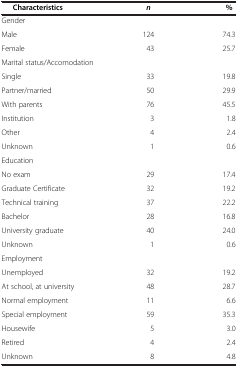
| Characteristics | n | % |
 | --- | --- | --- |
 | Gender |  |  |
 | Male | 124 | 74.3 |
 | Female | 43 | 25.7 |
 | Marital status/Accomodation |  |  |
 | Single | 33 | 19.8 |
 | Partner/married | 50 | 29.9 |
 | With parents | 76 | 45.5 |
 | Institution | 3 | 1.8 |
 | Other | 4 | 2.4 |
 | Unknown | 1 | 0.6 |
 | Education |  |  |
 | No exam | 29 | 17.4 |
 | Graduate Certificate | 32 | 19.2 |
 | Technical training | 37 | 22.2 |
 | Bachelor | 28 | 16.8 |
 | University graduate | 40 | 24.0 |
 | Unknown | 1 | 0.6 |
 | Employment |  |  |
 | Unemployed | 32 | 19.2 |
 | At school, at university | 48 | 28.7 |
 | Normal employment | 11 | 6.6 |
 | Special employment | 59 | 35.3 |
 | Housewife | 5 | 3.0 |
 | Retired | 4 | 2.4 |
 | Unknown | 8 | 4.8 |